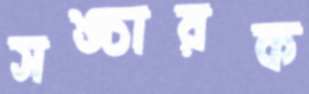
সঙ্চারক